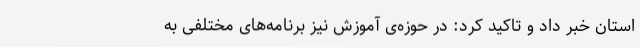
استان خبر داد و تاکید کرد: در حوزه‌ی آموزش نیز برنامه‌های مختلفی به